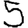
Digit: 5